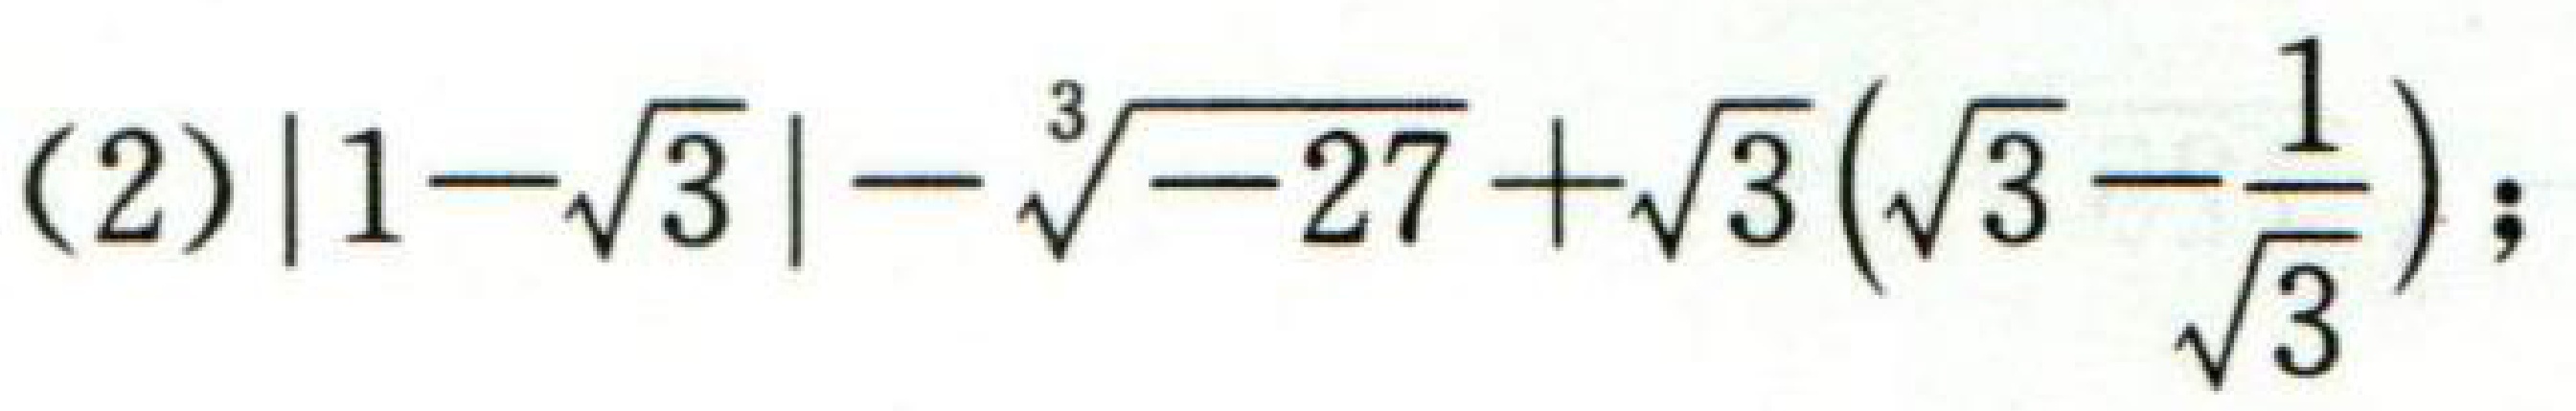
(2) \(|1 - \sqrt{3}| - \sqrt[3]{-27}+\sqrt{3}\left(\sqrt{3}-\frac{1}{\sqrt{3}}\right)\);